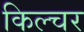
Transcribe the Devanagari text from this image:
किल्चर